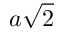
a { \sqrt { 2 } }